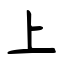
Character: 上